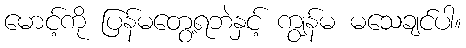
မောင့်ကို ပြန်မတွေ့ရဘဲနှင့် ကျွန်မ မသေချင်ပါ။